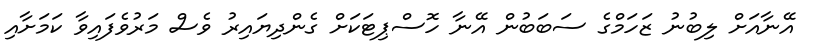
އޭނާއަށް ލިބުނު ޒަހަމްގެ ސަބަބުން އޭނާ ހޮސްޕިޓަކަށް ގެންދިޔައިރު ވެސް މަރުވެފައިވާ ކަމަށާއި